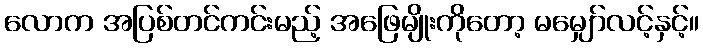
လောက အပြစ်တင်ကင်းမည့် အဖြေမျိုးကိုတော့ မမျှော်လင့်နှင့်။